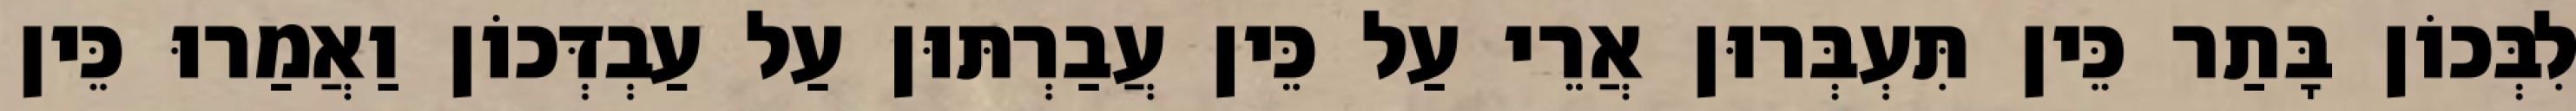
לִבְּכוֹן בָּתַר כֵּין תִּעְבְּרוּן אֲרֵי עַל כֵּין עֲבַרְתּוּן עַל עַבְדְּכוֹן וַאֲמַרוּ כֵּין